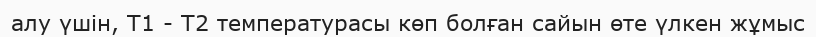
алу үшін, T1 - T2 температурасы көп болған сайын өте үлкен жұмыс